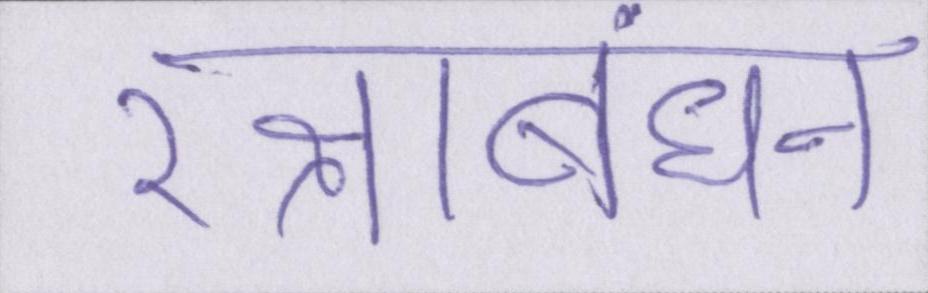
रक्षाबंधन